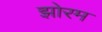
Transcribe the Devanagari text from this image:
झोरम